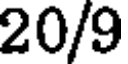
20/9